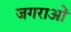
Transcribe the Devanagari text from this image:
जगराओं